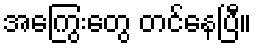
အကြွေးတွေ တင်နေပြီ။